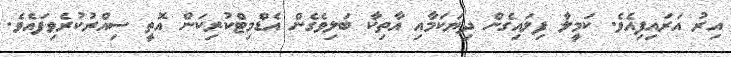
އިރު އަރައިފިއެވެ. ކަމީލާ ފިލައިގެން ދިޔަކަމާއި އާތިކާ ބަލިވެގެން އެޑްމިޓްކުރިކަން އޮތީ ސިއްރުކުރެވިފައެވެ.